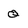
Character: Q